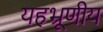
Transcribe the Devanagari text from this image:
यहभ्रूणीय